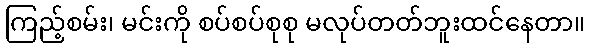
ကြည့်စမ်း၊ မင်းကို စပ်စပ်စုစု မလုပ်တတ်ဘူးထင်နေတာ။